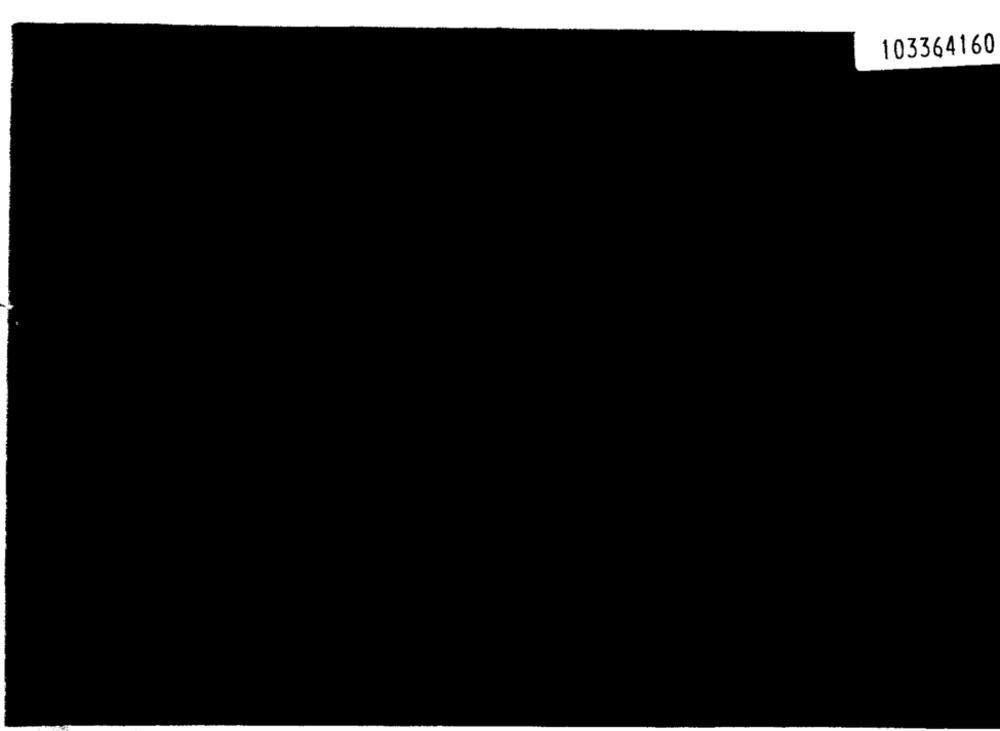
103364160